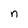
Character: n